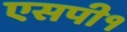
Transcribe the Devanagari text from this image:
एसपी१